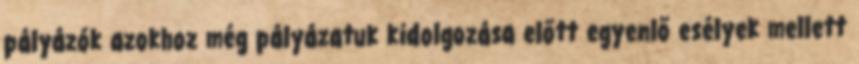
pályázók azokhoz még pályázatuk kidolgozása előtt egyenlő esélyek mellett